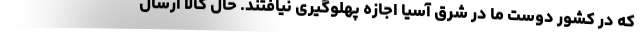
که در کشور دوست ما در شرق آسیا اجازه پهلوگیری نیافتند. حال کالا ارسال